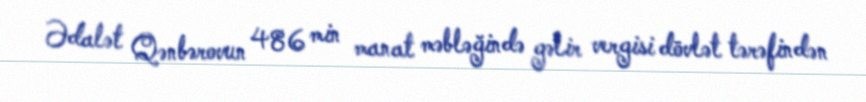
Ədalət Qənbərovun 486 min manat məbləğində gəlir vergisi dövlət tərəfindən